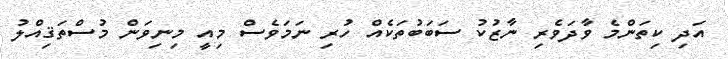
އަދި ކިތަންމެ ވާދަވެރި ނާޒުކު ސަބަބުތަކެއް ހުރި ނަމަވެސް މިއީ މިނިވަން މުސްތަޤިއްލު